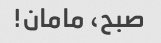
صبح، مامان!